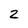
Character: 2